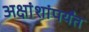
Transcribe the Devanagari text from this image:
अक्षांशांपर्यंत